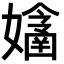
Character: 𡣔